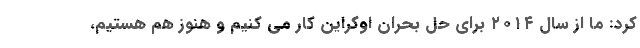
کرد: ما از سال ۲۰۱۴ برای حل بحران اوکراین کار می کنیم و هنوز هم هستیم،